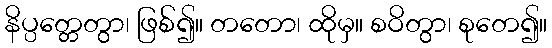
နိပ္ပတ္တေတွာ၊ ဖြစ်၍။ တတော၊ ထိုမှ။ စဝိတွာ၊ စုတေ၍။